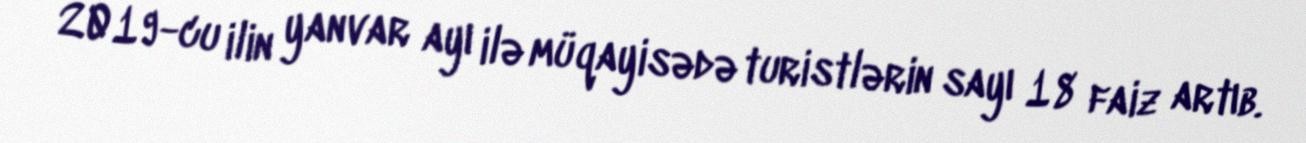
2019-cu ilin yanvar ayı ilə müqayisədə turistlərin sayı 18 faiz artıb.